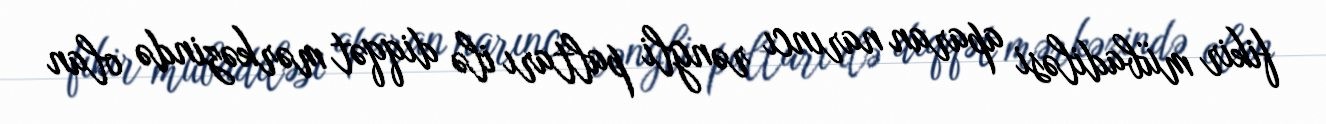
fikir mübadiləsi aparan narıncı rəngli paltarı ilə diqqət mərkəzində olan